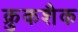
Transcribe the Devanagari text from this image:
क्रुकशैक